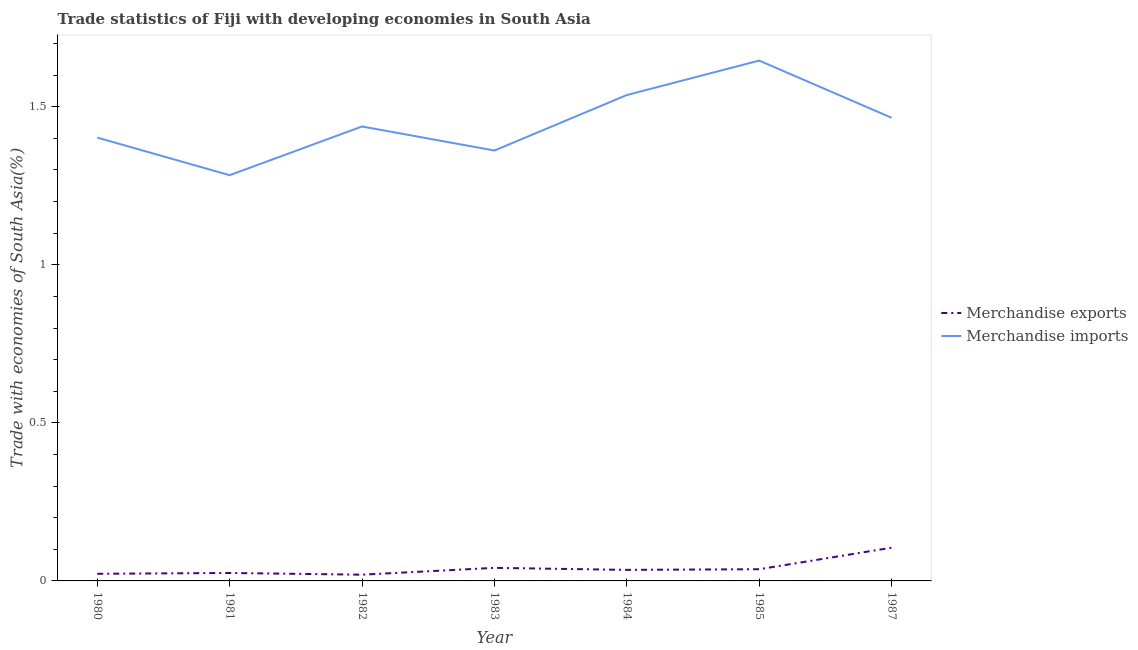
| Year | Merchandise exports | Merchandise imports |
 | --- | --- | --- |
 | 1980 | 0.0225 | 1.4 |
 | 1981 | 0.0251 | 1.28 |
 | 1982 | 0.0197 | 1.44 |
 | 1983 | 0.0414 | 1.36 |
 | 1984 | 0.0349 | 1.54 |
 | 1985 | 0.037 | 1.65 |
 | 1987 | 0.105 | 1.47 |